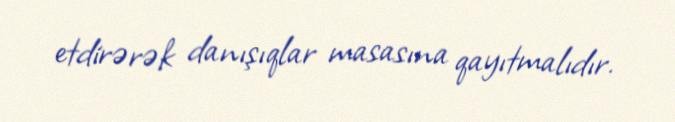
etdirərək danışıqlar masasına qayıtmalıdır.